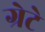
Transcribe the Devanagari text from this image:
ग्रेटे